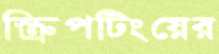
স্ক্রিপটিংয়ের